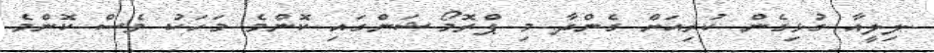
ލިލީއާ ގުޅިގެން ކުރިއަށް ގެންދާ މި ޕްރޮމޯޝަންގައި ކޮންމެ މަހަކު ވެސް ކޮންމެ